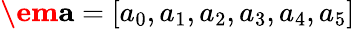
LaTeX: \textbf{\em a}=[a_{0},a_{1},a_{2},a_{3},a_{4},a_{5}]